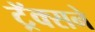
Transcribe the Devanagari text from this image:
ट्रॅक्सने